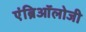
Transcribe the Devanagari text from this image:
एंब्रिऑलोजी